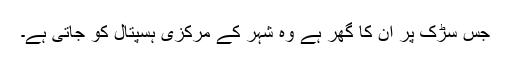
جس سڑک پر ان کا گھر ہے وہ شہر کے مرکزی ہسپتال کو جاتی ہے۔